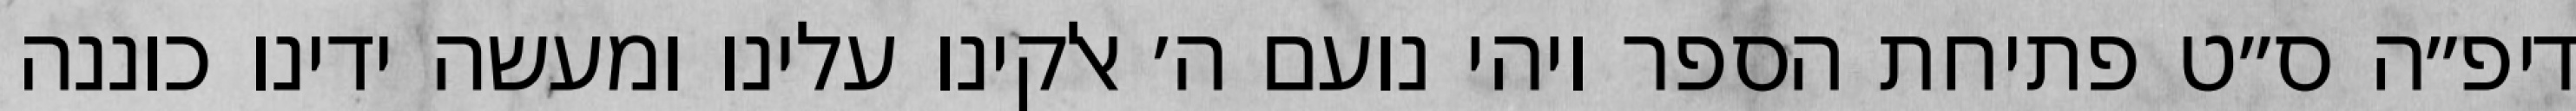
דיפ״ה ס״ט פתיחת הספר ויהי נועם ה׳ אלקינו עלינו ומעשה ידינו כוננה